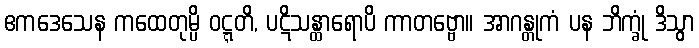
ဧကဒေသေန ကထေတုမ္ပိ ဝဋ္ဋတိ, ပဋိသန္ထာရောပိ ကာတဗ္ဗော။ အာဂန္တုကံ ပန ဘိက္ခုံ ဒိသွာ